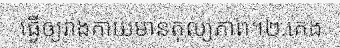
ធ្វើឲ្យរាងកាយមានតុល្យភាព។២.គេង